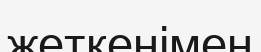
жеткенімен